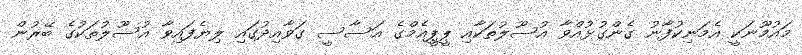
މައުމޫނަކީ އެމަނިކުފާނު ގެންގުޅުއްވާ އުސޫލުތަކާއި ޕީޕީއެމްގެ އަސާސީ ގަވާއިދުގައި ލިޔެފައިވާ އުސޫލުތަކުގެ ބޭރުން